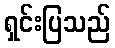
ရှင်းပြသည်